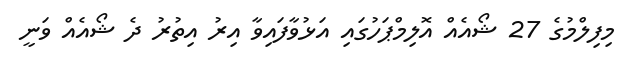
މިފިލްމުގެ 27 ޝޯއެއް އޮލިމްޕަހުގައި އަޅުވާފައިވާ އިރު އިތުރު ދެ ޝޯއެއް ވަނީ